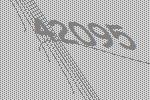
42095